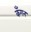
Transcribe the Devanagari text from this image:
कँगन